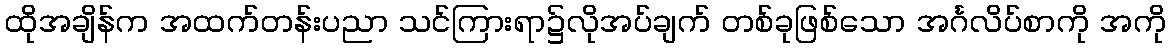
ထိုအချိန်က အထက်တန်းပညာ သင်ကြားရာ၌လိုအပ်ချက် တစ်ခုဖြစ်သော အင်္ဂလိပ်စာကို အကို